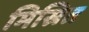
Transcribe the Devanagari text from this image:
मिस्रित